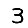
Digit: 3